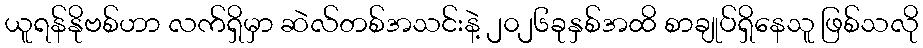
ယူရန်နိုဗစ်ဟာ လက်ရှိမှာ ဆဲလ်တစ်အသင်းနဲ့ ၂၀၂၆ခုနှစ်အထိ စာချုပ်ရှိနေသူ ဖြစ်သလို